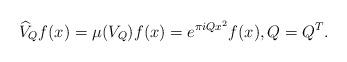
LaTeX: \begin{align*}\widehat{V}_Q f(x) = \mu(V_Q) f(x) = e^{\pi i Q x^2} f(x), Q = Q^T.\end{align*}